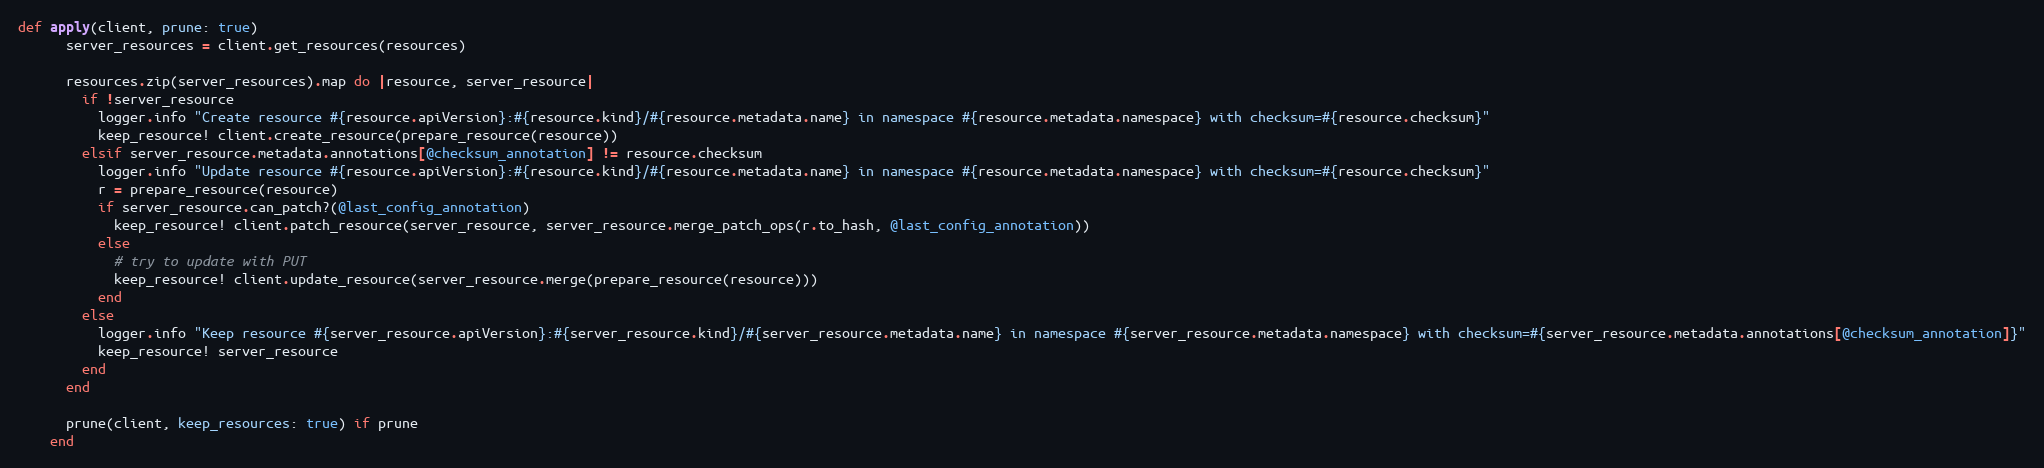
Language: Ruby
def apply(client, prune: true)
      server_resources = client.get_resources(resources)

      resources.zip(server_resources).map do |resource, server_resource|
        if !server_resource
          logger.info "Create resource #{resource.apiVersion}:#{resource.kind}/#{resource.metadata.name} in namespace #{resource.metadata.namespace} with checksum=#{resource.checksum}"
          keep_resource! client.create_resource(prepare_resource(resource))
        elsif server_resource.metadata.annotations[@checksum_annotation] != resource.checksum
          logger.info "Update resource #{resource.apiVersion}:#{resource.kind}/#{resource.metadata.name} in namespace #{resource.metadata.namespace} with checksum=#{resource.checksum}"
          r = prepare_resource(resource)
          if server_resource.can_patch?(@last_config_annotation)
            keep_resource! client.patch_resource(server_resource, server_resource.merge_patch_ops(r.to_hash, @last_config_annotation))
          else
            # try to update with PUT
            keep_resource! client.update_resource(server_resource.merge(prepare_resource(resource)))
          end
        else
          logger.info "Keep resource #{server_resource.apiVersion}:#{server_resource.kind}/#{server_resource.metadata.name} in namespace #{server_resource.metadata.namespace} with checksum=#{server_resource.metadata.annotations[@checksum_annotation]}"
          keep_resource! server_resource
        end
      end

      prune(client, keep_resources: true) if prune
    end